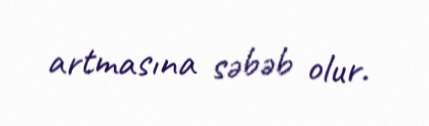
artmasına səbəb olur.